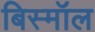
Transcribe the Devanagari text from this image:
बिस्मॉल